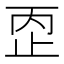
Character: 𰙠